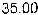
35.00